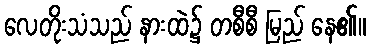
လေတိုးသံသည် နားထဲ၌ တစီစီ မြည် နေ၏။